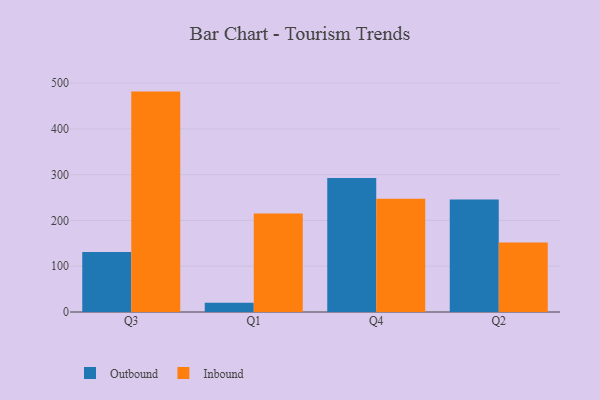
{"axis": {"x": "Quarter", "y": "Website Visitors"}, "legend": ["Inbound", "Outbound"], "data": [{"x": "Q3", "y": 131.2, "type": "Outbound"}, {"x": "Q3", "y": 481.5, "type": "Inbound"}, {"x": "Q1", "y": 20.0, "type": "Outbound"}, {"x": "Q1", "y": 215.0, "type": "Inbound"}, {"x": "Q4", "y": 292.7, "type": "Outbound"}, {"x": "Q4", "y": 247.3, "type": "Inbound"}, {"x": "Q2", "y": 245.7, "type": "Outbound"}, {"x": "Q2", "y": 152.0, "type": "Inbound"}]}